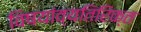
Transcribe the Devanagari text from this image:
विषयांव्यतिरिक्त